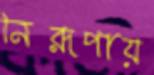
নিরূপায়